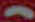
(